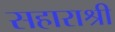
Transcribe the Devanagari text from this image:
सहाराश्री